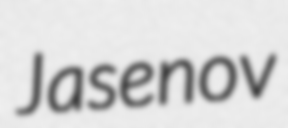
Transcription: Jasenov